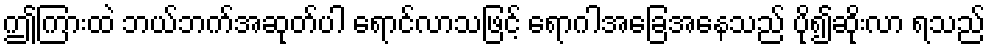
ဤကြားထဲ ဘယ်ဘက်အဆုတ်ပါ ရောင်လာသဖြင့် ရောဂါအခြေအနေသည် ပို၍ဆိုးလာ ရသည်